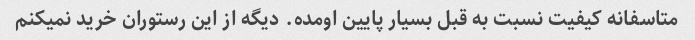
متاسفانه کیفیت نسبت به قبل بسیار پایین اومده. دیگه از این رستوران خرید نمیکنم